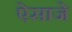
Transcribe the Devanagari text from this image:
ऐसाजे